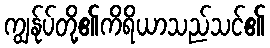
ကျွန်ုပ်တို့၏ကိရိယာသည်သင်၏